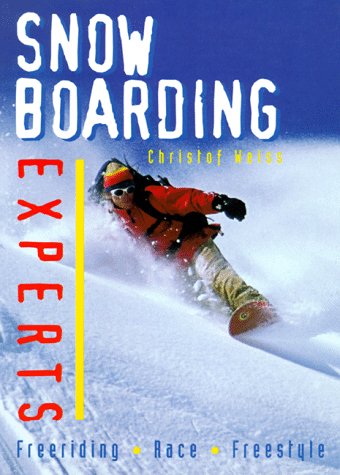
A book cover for Snowboarding Experts: Freeriding--Race--Freestyle; Christof Weiss; Sports & Outdoors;